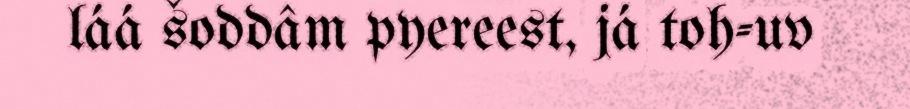
láá šoddâm pyereest, já toh-uv